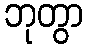
ဘုတွာ